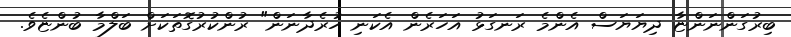
ބިރުގަންނަންޏާ ދިޔަޔަސް އެންމެ ރަނގަޅު އަހަރެން އެކަނި ހުރެދާނަން" ރުންކުރުގޮތަކަށް ބަލްމާ ބުންޏެވެ.